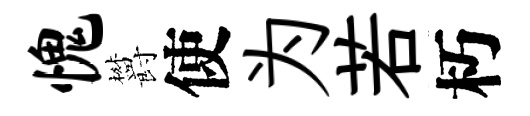
愧欝使为若朽